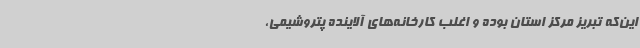
این‌که تبریز مرکز استان بوده و اغلب کارخانه‌های آلاینده پتروشیمی،